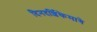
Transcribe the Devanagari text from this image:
दिनदर्शिकेमागे